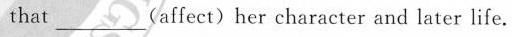
that_(affect)her character and later life.